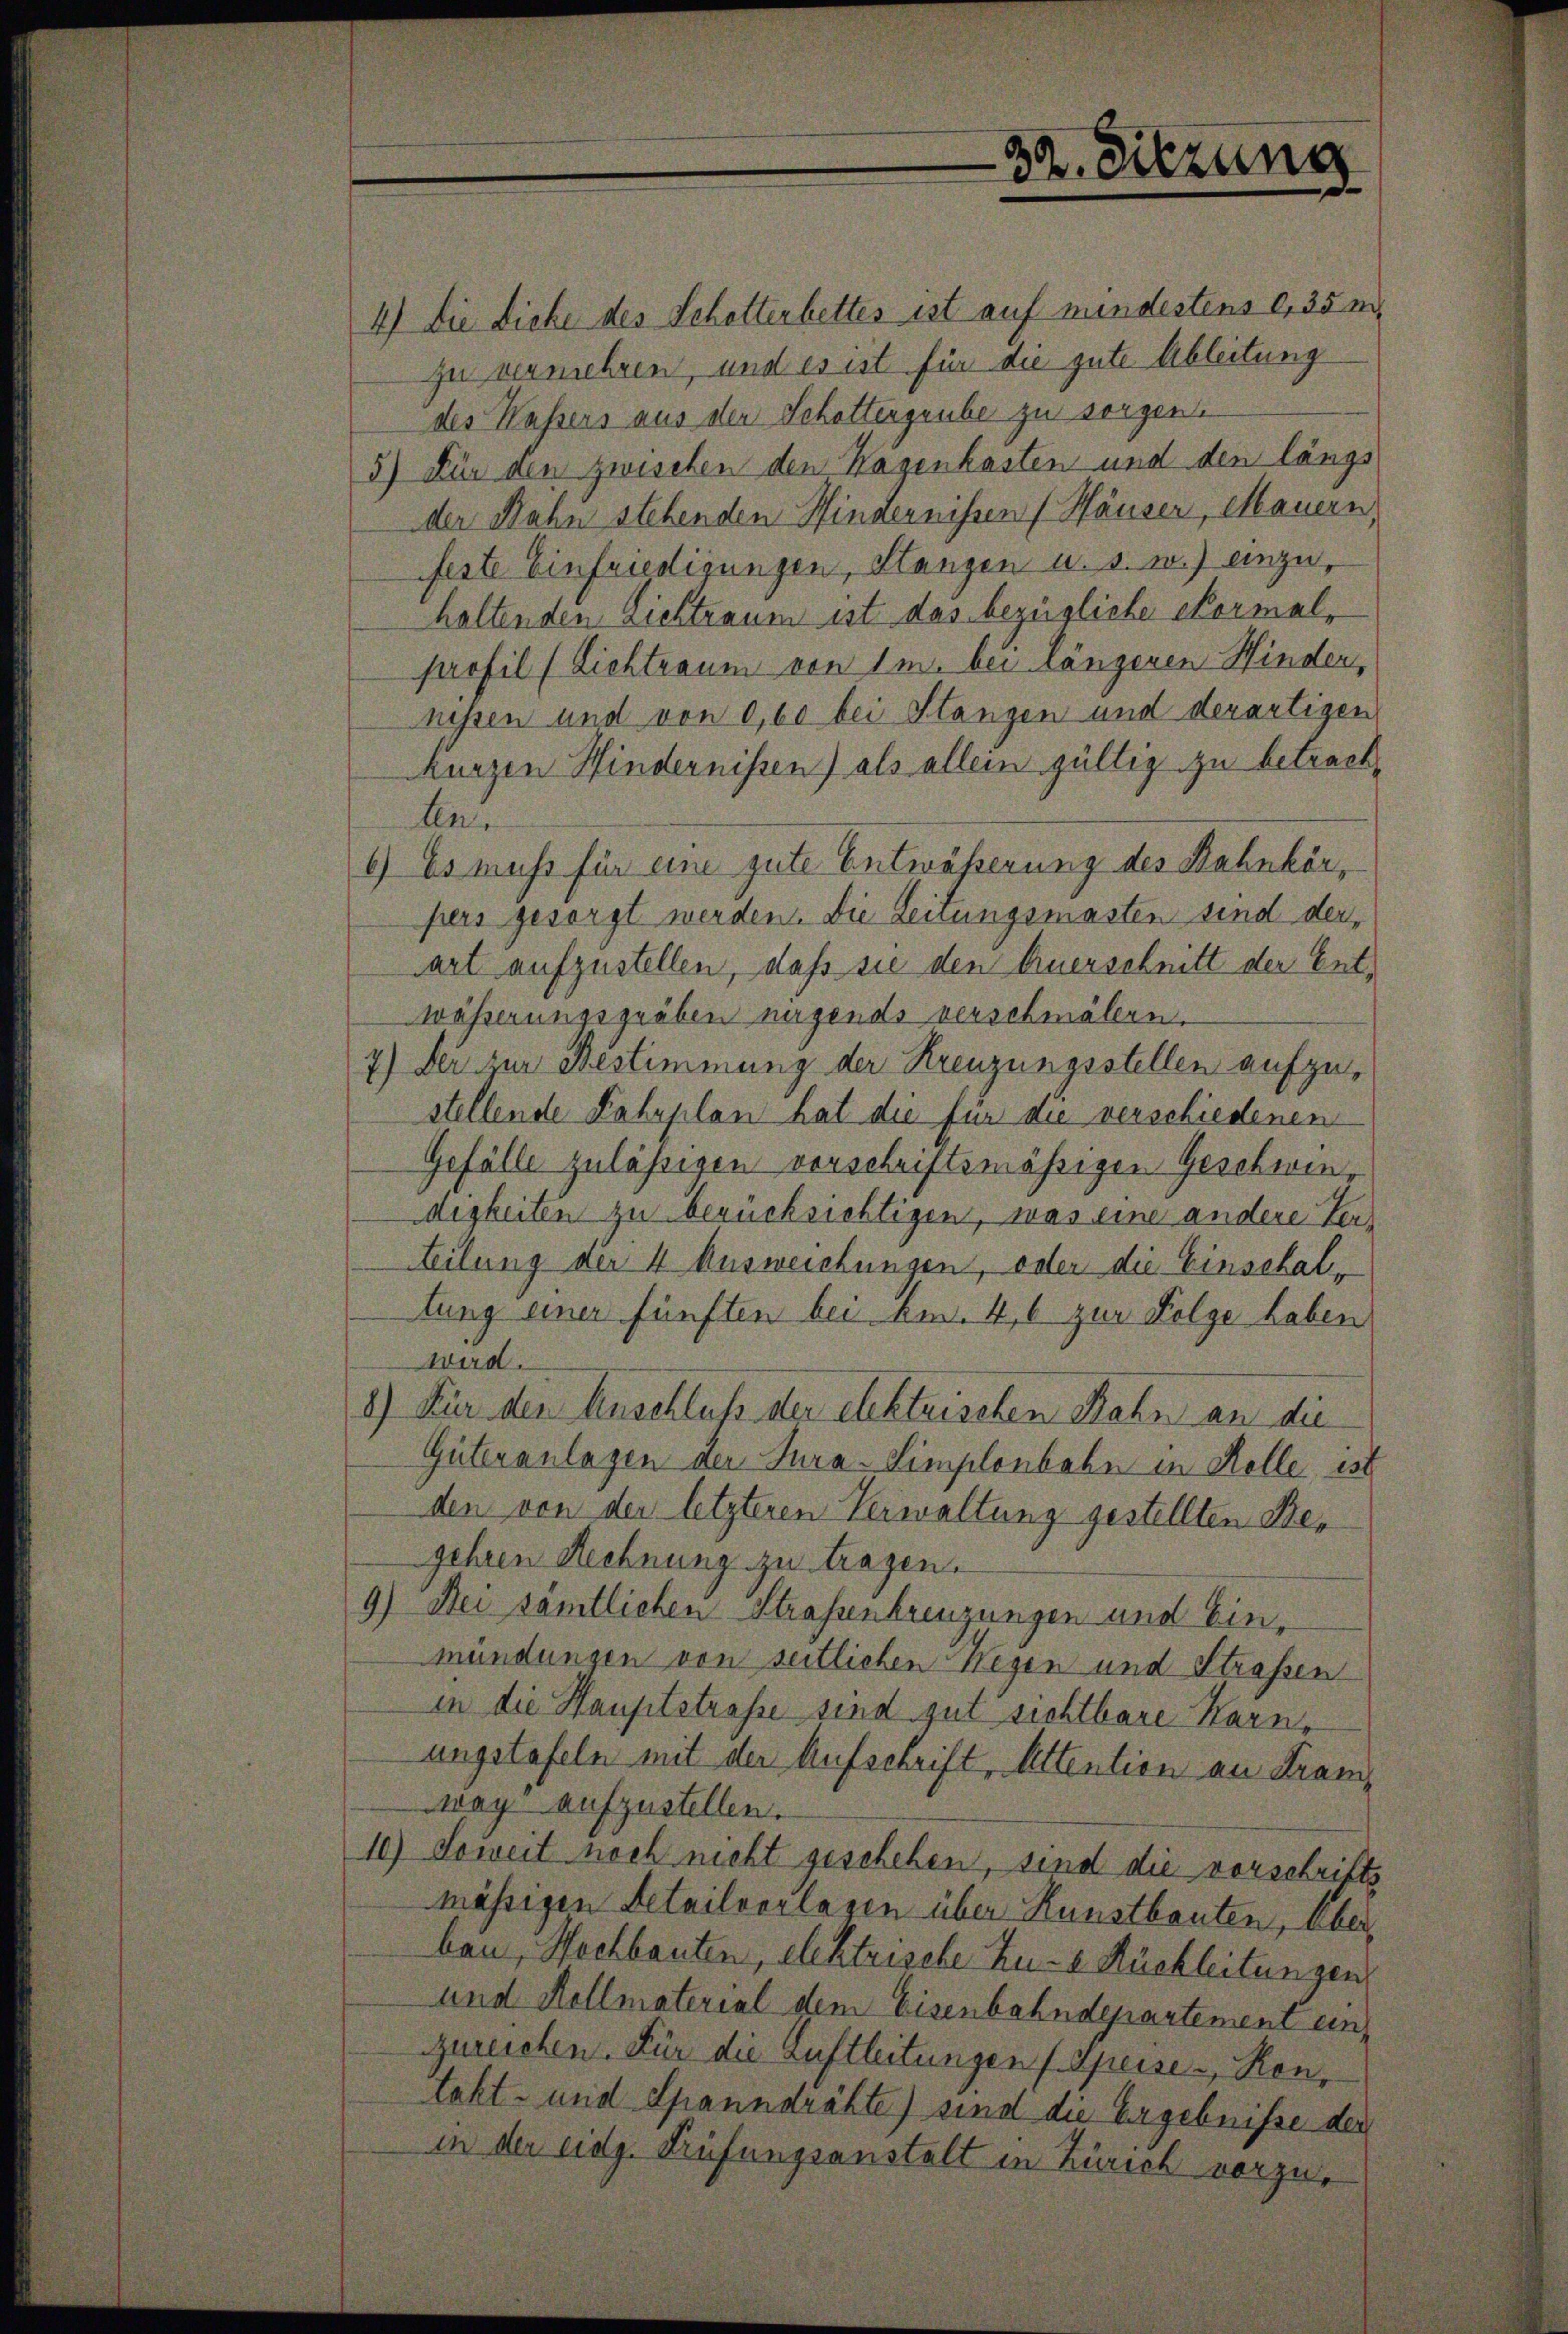
4.) Die Dicke des Schotterbettes ist auf mindestens 0,35 m
zu vermehren, und es ist für die gute Ableitung
des Wassers aus der Schottergrube zu sorgen.
5) Für den zwischen den Hagenkasten und den längs
der Rahn stehenden Hindernissen (Häuser, Mauern
feste Einfriedigungen, Stangen u. s. w.) einzuhaltenden Lichtraum ist das bezügliche Formalprofil (Lichtraum von 1m bei längeren Hinder,
nessen und von 0,60 bei Stangen und derartigen
kurzen Hindernissen) als allein gültig zu betrach¬
Len
6) Es muss für eine gute Entwässerung des Bahnkörpers gesorgt werden. Die Leitungsmasten sind derart aufzustellen, daß sie den Auerschnitt der Entwässerungsgräben nagends verschmälern.
7.) Der zur Bestimmung der Kreuzungsstellen aufzustellende Fahrplan hat die für die verschiedenen
Gefälle zulässigen vorschriftsmäßigen Geschwendigkeiten zu berücksichtigen, was eine andere Vertteilung der 4 Ausweichungen, oder die Einschaltung einer fünften bei Am. 4,6 zur Folge Leben
wird.
2) Für der Anschluß der elektuischen Rahn an die
Güteranlagen der Jura-Simplenbahn in Kolle ist
den von der letzteren Verwaltung gestellten Degehren Rechnung zu tragen.
9) Bei samtlichen Straßenbrenzungen und Einmündungen von seitlichen Wegen und Straßen
in die Hauptstraße sind gut sichtbare Karne
ungstafeln mit der Aufschrift, Attention an Franwag aufzustellen.
10) Soweit noch nicht geschehen, sind die vorschrifts
mässigen Detailvorlagen über Kunstbauten, Über
ben, Hochbauten, elektrische Zu-a Rückleitungen
und Kollmaterial dem Eisenbahndepartement einzureichen. Für die Luftleitungen f. Speise - Ron,
takt- und Spanndrähte) sind die Ergebnisse der
in der eidg. Prüfungsanstalt in Zürich vorzu¬

32. Sitzung